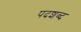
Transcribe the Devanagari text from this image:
पदशब्द